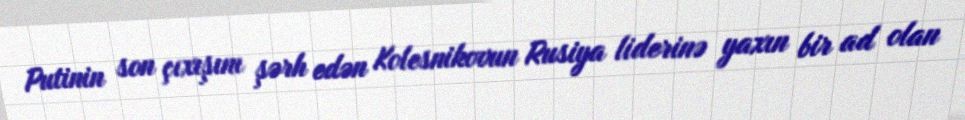
Putinin son çıxışını şərh edən Kolesnikovun Rusiya liderinə yaxın bir ad olan